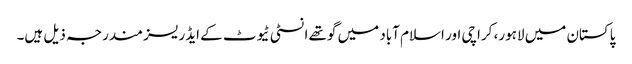
پاکستان میں لاہور، کراچی اور اسلام آباد میں گوتھے انسٹی ٹیوٹ کے ایڈریسز مندرجہ ذیل ہیں۔